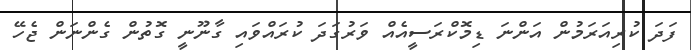
ފަދަ ކުރިއަރަމުން އަންނަ ޑިމޮކްރަސީއެއް ވަރުގަދަ ކުރައްވައި ގާނޫނީ ގޮތުން ގެންނަން ޖެހޭ